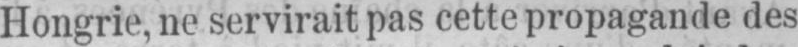
Hongrie, ne servirait pas cette propagande des